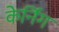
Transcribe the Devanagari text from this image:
केर्निंग